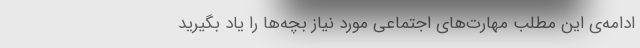
ادامه‌ی این مطلب مهارت‌های اجتماعی مورد نیاز بچه‌ها را یاد بگیرید